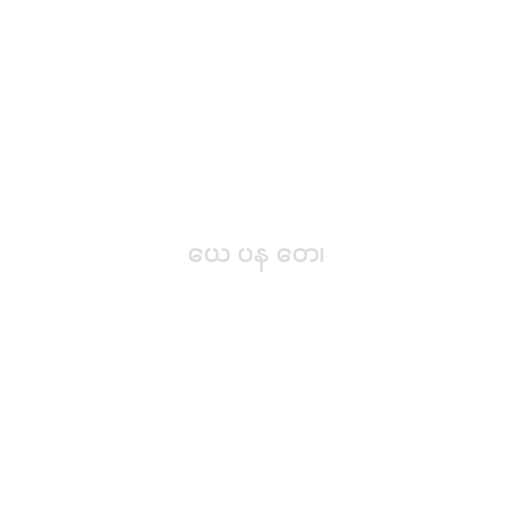
ယေ ပန တေ၊